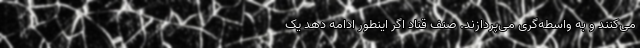
می‌کنند و به واسطه‌گری می‌پردازند. صنف قناد اگر اینطور ادامه دهد یک